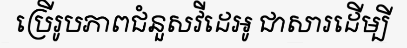
ប្រើរូបភាពជំនួសវីដេអូ ជាសារដើម្បី